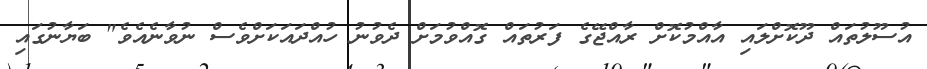
އުސޫލުތައް ދޫކޮށްލައި އާއްމުކޮށް ރާއްޖޭގެ ފަރުތައް ގޮއްވުމަށް ދެވުނު ހުއްދައަކަށްވެސް ނުވާނެއެވެ" ބަޔާނުގައި